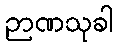
ဉာဏသုခါ